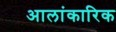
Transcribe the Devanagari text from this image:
आलांकारिक